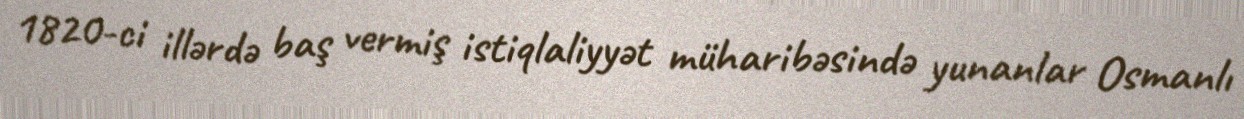
1820-ci illərdə baş vermiş istiqlaliyyət müharibəsində yunanlar Osmanlı